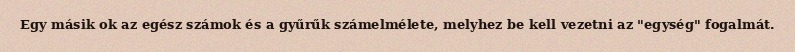
Egy másik ok az egész számok és a gyűrűk számelmélete, melyhez be kell vezetni az "egység" fogalmát.